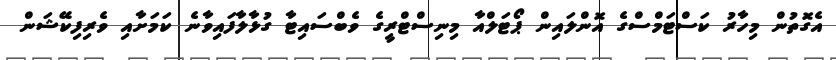
އެގޮތުން މިހާރު ކަސްޓަމްސްގެ އޮންލައިން ޕޯޓަލްއާ މިނިސްޓްރީގެ ވެބްސައިޓާ ގުޅާލާފައިވާނެ ކަމަށާއި ވެރިފިކޭޝަން